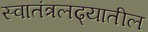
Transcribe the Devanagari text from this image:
स्वातंत्रलढ्यातील